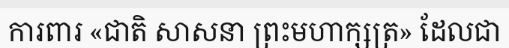
ការពារ «ជាតិ សាសនា ព្រះមហាក្សត្រ» ដែលជា